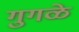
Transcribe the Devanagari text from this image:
गुगळे